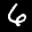
Label: 6